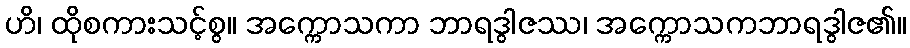
ဟိ၊ ထိုစကားသင့်စွ။ အက္ကောသကာ ဘာရဒွါဇဿ၊ အက္ကောသကဘာရဒွါဇ၏။